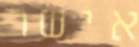
אישר